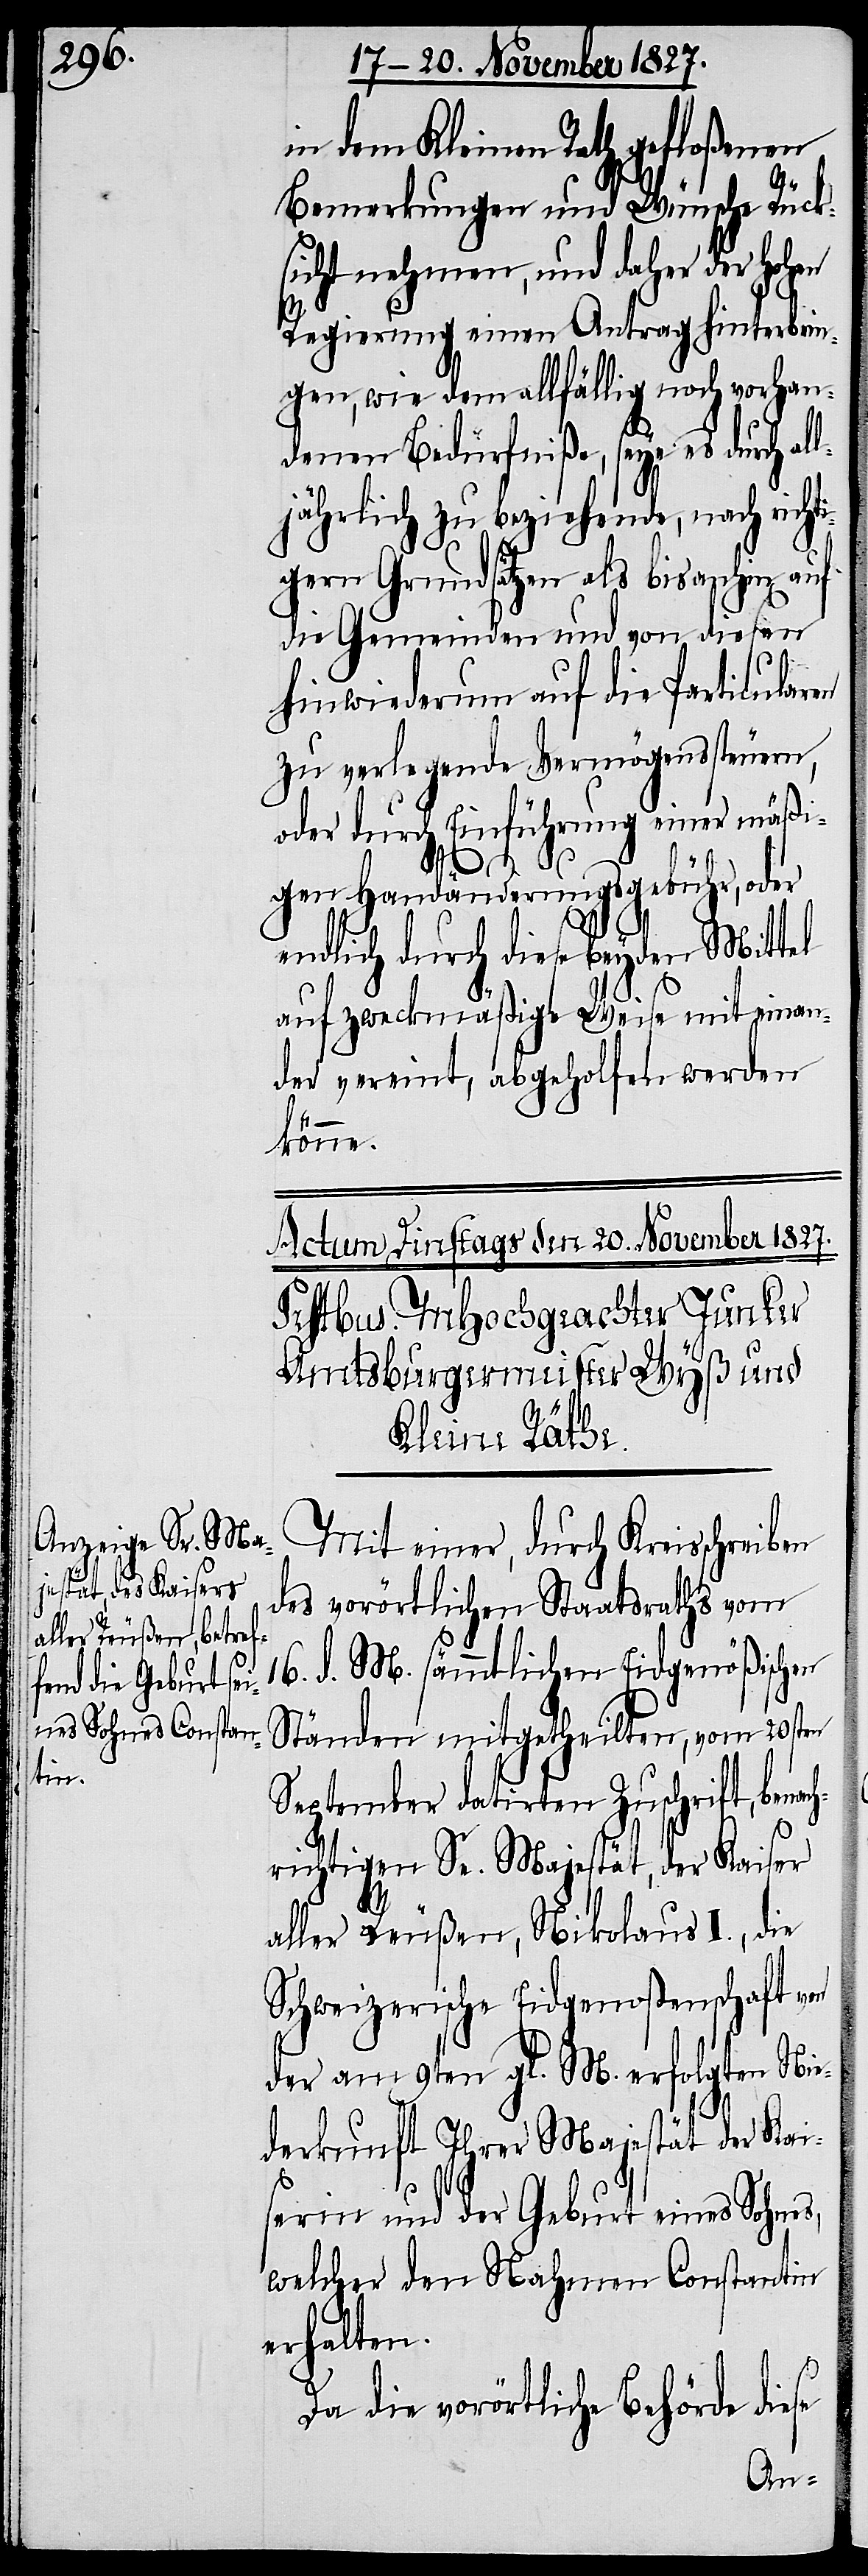
in dem Kleinen Rath gefloßenen
Bemerkungen und Wünsche Rück¬
sicht nehmen, und daher der Hohen
Regierung einen Antrag hinterbrin¬
gen, wie dem allfällig noch vorhan¬
denen Bedürfniße, sey es durch al¬
ljährlich zu beziehende, nach richt¬
ch¬
igern Grundsätzen als bis anhin auf
die Gemeinden und von diesen
hinwiederum auf die Particularen
zu verlegende Vermögenssteuern,
oder durch Einführung einer mäßi¬
gen Handänderungsgebühr, oder
endlich durch diese beyden Mittel
auf zweckmäßige Weise mit einan¬
der vereint, abgeholfen werden
könne.
Mit einer, durch Kreisschreiben
des vorörtlichen Staatsraths vom
16. d. M. sämmtlichen Eidgenößischen
Ständen mitgetheilten, vom 20sten
September datirten Zuschrift, bena¬
richtigten Se. Majestät, der Kaiser
aller Reußen, Nikolaus I., die
Schweizeriche Eidgenoßenschaft von
der am 9ten gl. M. erfolgten Nie¬
derkunft Ihrer Majestät der Kai¬
ser und der Geburt eines Sohnes,
welcher den Nahmen Constantin
erhalten.
Da die vorörtliche Behörde diese